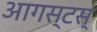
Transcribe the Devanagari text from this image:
आगस्टस्